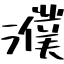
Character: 濮